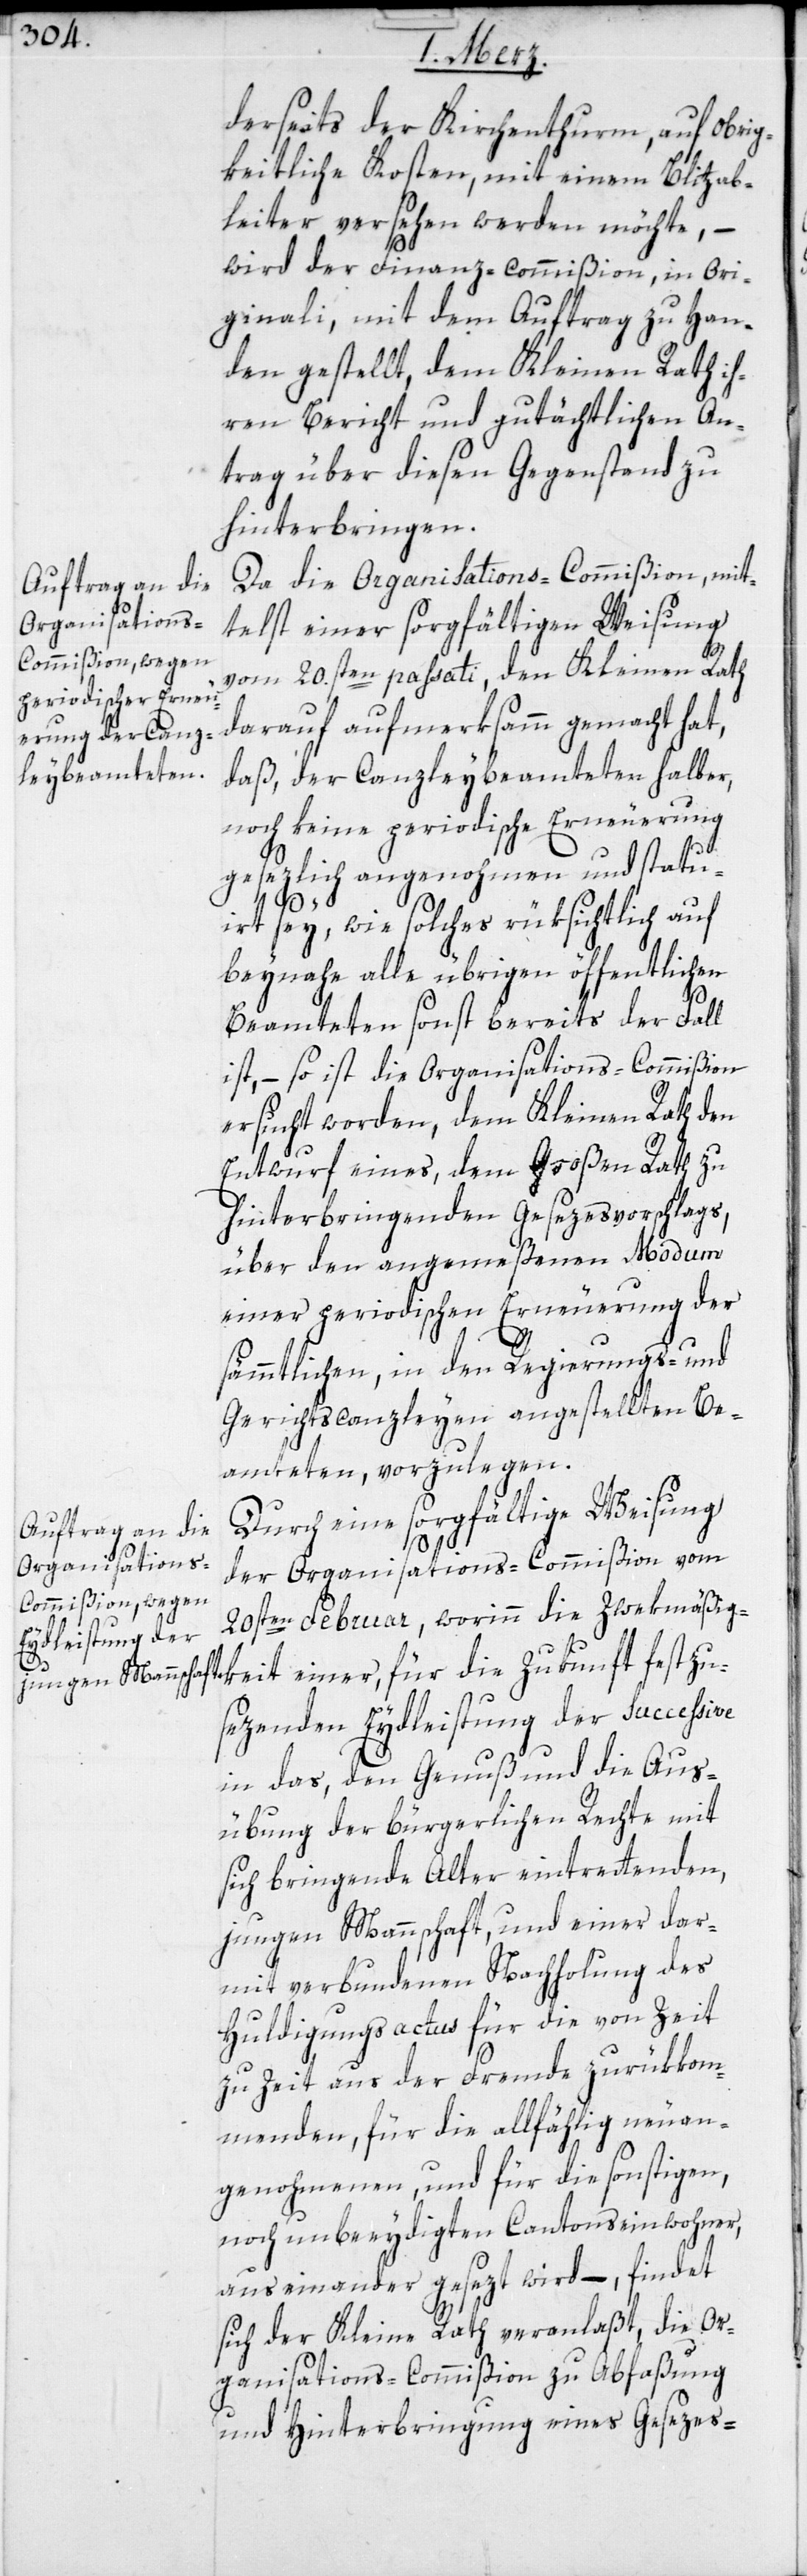
derseits der Kirchenthurm, auf obrig¬
keitliche Kosten, mit einem Blitzab¬
leiter versehen werden möchte,
wird der Finanz-Commißion, in Ori¬
ginali, mit dem Auftrag zu Han¬
den gestellt, dem Kleinen Rath ih¬
ren Bericht und gutächtlichen An¬
trag über diesen Gegenstand zu
hinterbringen.
Da die Organisations-Commißion, mit¬
telst einer sorgfältigen Weisung
vom 20.sten passati, den Kleinen Rath
darauf aufmerksamm gemacht hat,
daß, der Canzleybeamteten halber,
noch keine periodische Erneuerung
gesezlich angenohmen und statu¬
festzu¬
irt sey, wie solches rüksichtlich auf
beynahe alle übrigen öffentlichen
Beamteten sonst bereits der Fall
ist, – so ist die Organisations-Commißion
ersucht worden, dem Kleinen Rath den
Entwurf eines, dem Großen Rath zu
hinterbringenden Gesezesvorschlags,
über den angemeßenen Modum
einer periodischen Erneuerung der
sämmtlichen, in den Regierungs- und
Gerichtscanzleyen angestellten Be¬
amteten, vorzulegen.
Durch eine sorgfältige Weisung
der Organisations-Commißion vom
20sten Februar, worinn die Zwekmäßig¬
sezenden Eydleistung der Successive
in das, den Genuß und die Aus¬
übung der bürgerlichen Rechte mit
sich bringende Alter eintrettenden,
jungen Mannschaft, und einer dar¬
mit verbundenen Nachholung des
Huldigungsactus für die von Zeit
zu Zeit aus der Fremde zurükkom¬
menden, für die allfählig neuan¬
genohmenen, und für die sonstigen,
noch unbeeydigten Cantonseinwohner,
auseinander gesezt wird, – findet
sich der Kleine Rath veranlaßt, die Or¬
ganisations-Commißion zu Abfaßung
und Hinterbringung eines Gesezes-